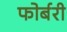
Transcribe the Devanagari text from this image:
फोर्बरी